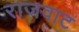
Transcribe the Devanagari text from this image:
राजवाट